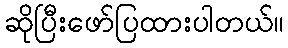
ဆိုပြီးဖော်ပြထားပါတယ်။